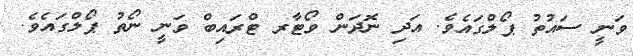
ވަނީ ސައުތު ޕޯލްގައެވެ. އަދި ނޮދަން ވޯޓާރ ޓްރައިބް ވަނީ ނޯތު ޕޯލްގައެވެ.